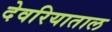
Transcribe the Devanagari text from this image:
देवरियाताल